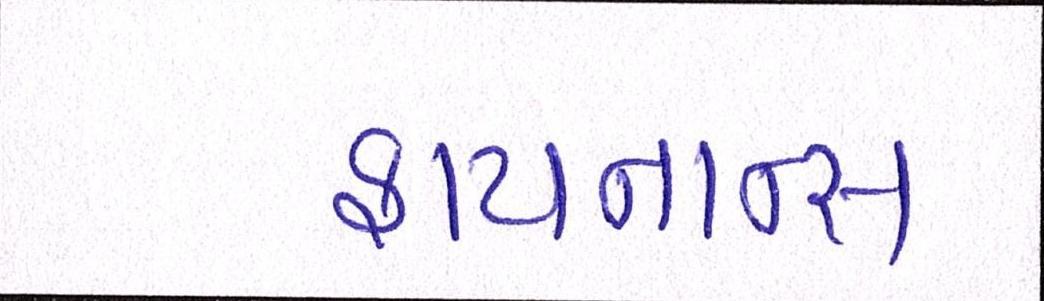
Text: ફાયનાન્સ